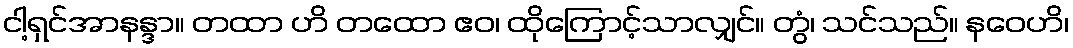
ငါ့ရှင်အာနန္ဒာ။ တထာ ဟိ တထော ဧဝ၊ ထိုကြောင့်သာလျှင်။ တွံ၊ သင်သည်။ နဝေဟိ၊